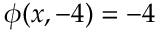
\phi ( x , - 4 ) = - 4